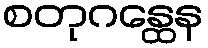
စတုဂန္ထေန